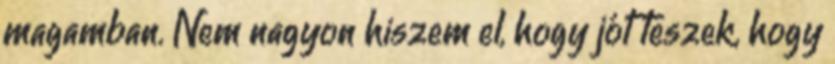
magamban. Nem nagyon hiszem el, hogy jót teszek, hogy